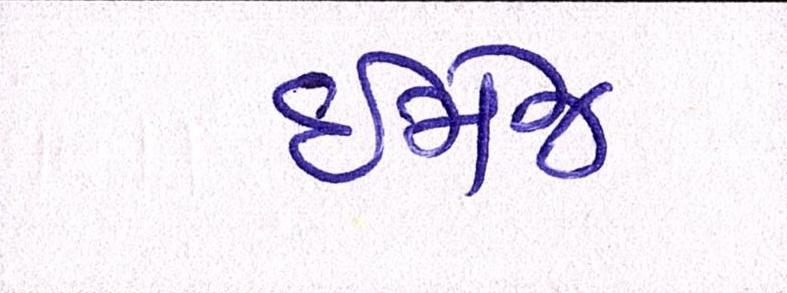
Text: ઇમેજ